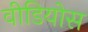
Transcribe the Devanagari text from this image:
वीडियोस